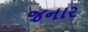
જનાર